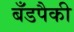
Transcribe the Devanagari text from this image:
बँडपैकी